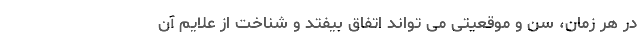
در هر زمان، سن و موقعیتی می تواند اتفاق بیفتد و شناخت از علایم آن